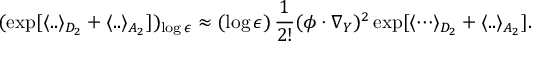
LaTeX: ( \exp [ \langle . . \rangle _ { D _ { 2 } } + \langle . . \rangle _ { A _ { 2 } } ] ) _ { \log \epsilon } \approx ( \log \epsilon ) \, { \frac { 1 } { 2 ! } } ( \phi \cdot \nabla _ { Y } ) ^ { 2 } \exp [ { \langle \cdots \rangle _ { D _ { 2 } } } + \langle . . \rangle _ { A _ { 2 } } ] .